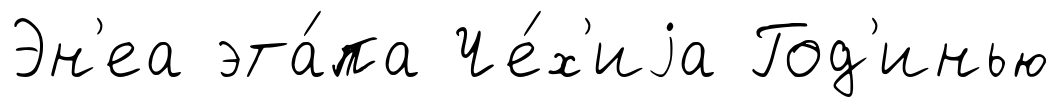
Эн'еа эта́па Че́х'иjа Год'инью